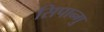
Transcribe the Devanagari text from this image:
सिपान्गु